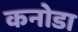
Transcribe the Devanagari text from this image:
कनोडा